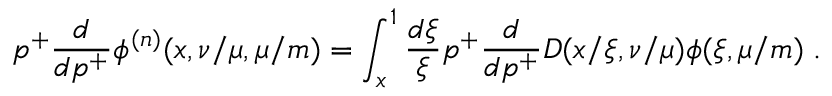
p ^ { + } \frac { d } { d p ^ { + } } \phi ^ { ( n ) } ( x , \nu / \mu , \mu / m ) = \int _ { x } ^ { 1 } \frac { d \xi } { \xi } p ^ { + } \frac { d } { d p ^ { + } } D ( x / \xi , \nu / \mu ) \phi ( \xi , \mu / m ) \; .